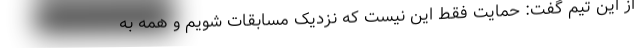
از این تیم گفت: حمایت فقط این نیست که نزدیک مسابقات شویم و همه به